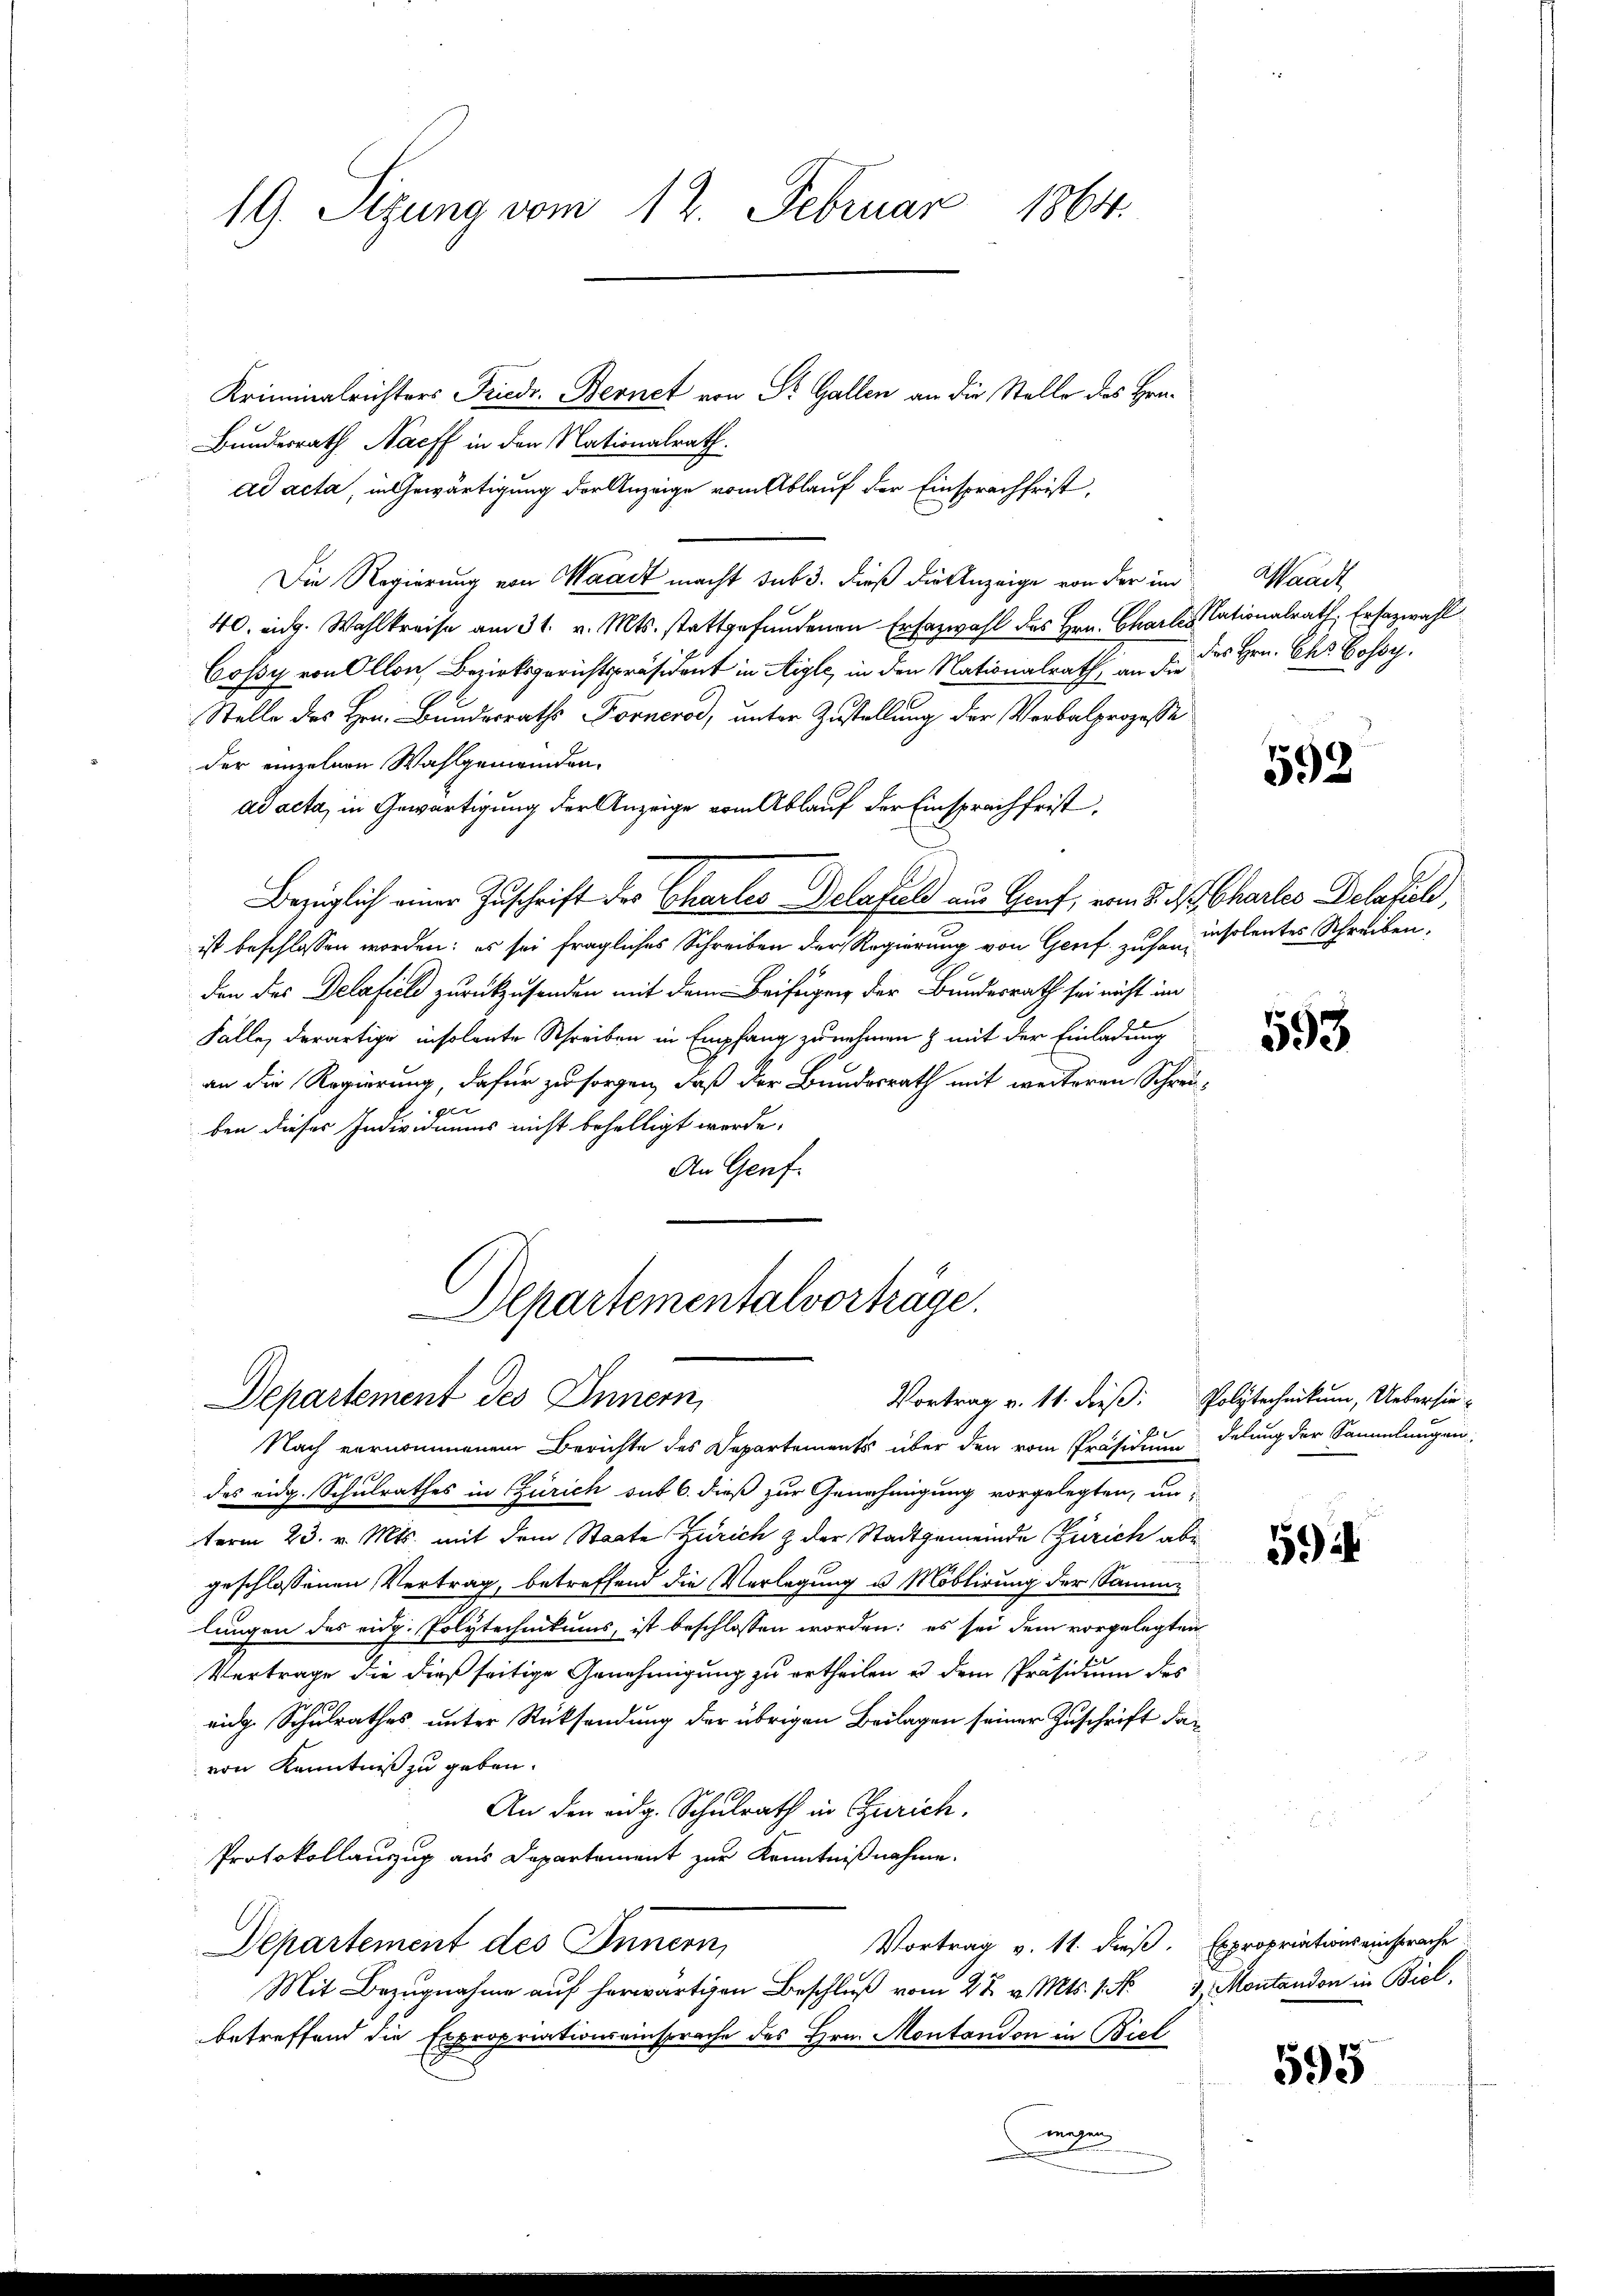
19. Sizung vom 12. Februar 1864.

Kriminalrichters Friedr. Bernet von St. Gallen an die Stelle des Hrn.
Bundesrath Naeff in den Nationalrath.
ad acta, in Gewärtigung der Anzeige vom Ablauf der Einsprachfrist,
Die Regierung von Waadt macht sub 3. dieß die Anzeige von der im
40. eidg. Wahlkreise am 31. v. Mts. stattgefŭndenen Erfazwahl des Hrn. Chartes Tationalrath Ersazwahl
Cossy von Ollon, Bezirksgerichtspräsident in Aigle, in den Nationalrath, an der des Hrn. Das Losog.
Stelle des Hrn. Bundesraths Fornerod, unter Zustellung der Verbalprozesse
der einzelnen Wahlgemeinden.
ad acta, in Gewärtigung der Anzeige vom Ablauf der Einsprachfrist,
Bezüglich einer Zuschrift des Chartes Delafuld aus Graf, vom 5. ds Chartes Delation,
ist beschlossen worden: es sei fragliches Schreiben der Regierung von Gerief zu han insolentes Schreiben,
den der Delafiele zurückzusenden mit dem Beifügen der Bundesrath sei nicht im
Falle derartige insolante Schreiben in Empfang zunehmen & mit der Einladung
an die Regierung, dafür zu sorgen, daß der Bundesrath mit weiteren Schrei-
xx
ben dieser Individuums nicht behelligt werde.
An Genf.

Departementalvorträge.
Departement des Innern,

Nach vernommenen Berichte des Departements über den vom Präsidium delung der Sammlungen
des eidg. Schulrathes in Zürich sub 6. dieß zur Genehmigung vorgelegten, un-
term 23. v. Mts. mit dem Staate Zürich & der Stadtgemeinde Zürich abe
geschlossenen Vertrag, betreffend die Verlegung u. Moblirung der Sammlungen des eidg. Polytechnikums, ist beschlossen worden: es sei dem vorgelegten
Vertrage die dieß seitige Genehmigung zu ertheilen u dem Präsidium des
eidg. Schulrathes unter Rücksendung der übrigen Beilagen seiner Zuschrift davon Kenntniß zu geben.
10.
An den eidg. Schulrath in Zürich.
Protokollauszug aus Departement zur Kenntnißnahme.
Vortrag v. 11. dieß. Expropriationseinsprache
Departement des Innern,
Mit Bezugnahme auf herwärtigen Beschluß vom 22. v. Mts. 1. No 3 Montandon in Biel,
betreffend die Expropriationseinsprache des Hrn. Montandon in Biel
magen

Waadt

592

593

Vortrag v. 11. dieß: Polytechnikum, Uebersie

594

595